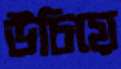
উচিয়ে